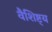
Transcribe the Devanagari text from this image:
वैशिष्ट्‍य